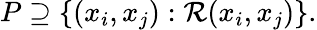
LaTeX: P\supseteq\{ (x_{i},x_{j}):\mathcal{R}(x_{i},x_{j})\} .